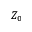
Z _ { 0 }